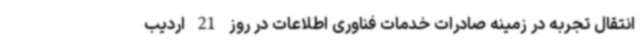
انتقال تجربه در زمینه صادرات خدمات فناوری اطلاعات در روز 21 اردیب